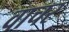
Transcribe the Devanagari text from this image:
वाचर